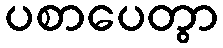
ပစာပေတွာ